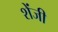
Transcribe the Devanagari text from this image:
शेंजी